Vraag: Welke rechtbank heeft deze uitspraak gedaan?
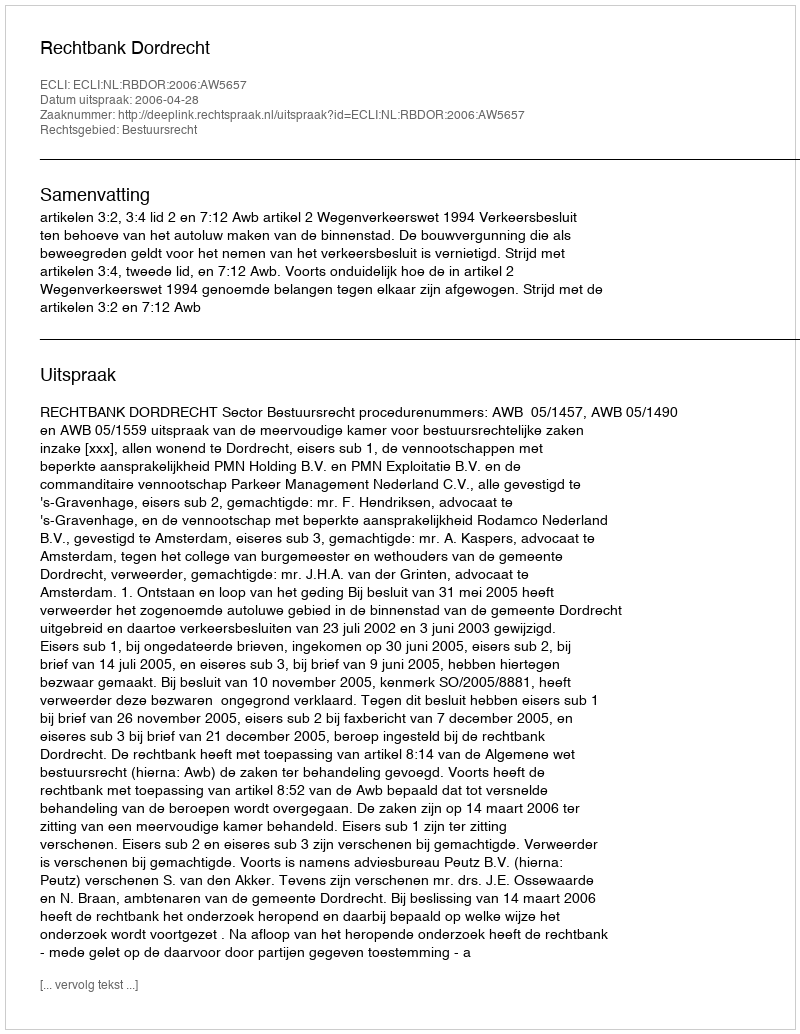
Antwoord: Rechtbank Dordrecht